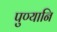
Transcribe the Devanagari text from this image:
पुण्यानि